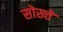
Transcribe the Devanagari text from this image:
सोख्ते